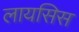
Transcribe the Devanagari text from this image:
लायसिस